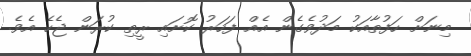
މިނަށް ހަފުތާއަކު މަދުވެގެން އެއް ފަހަރު ކޮށައި ރީތި ކުރަން ޖެހެ އެވެ.